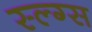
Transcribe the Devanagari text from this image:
स्ल्ग्स